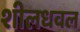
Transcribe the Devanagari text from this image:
शीलधवल